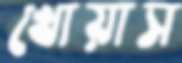
খোয়াস